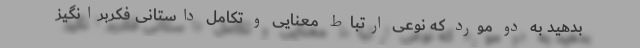
بدهید به دو مورد که نوعی ارتباط معنایی و تکامل داستانی فکربرانگیز